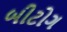
બીટોગ